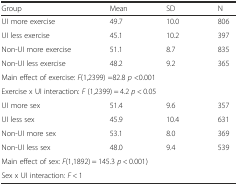
<table><thead><tr><td><b>Group</b></td><td><b>Mean</b></td><td><b>SD</b></td><td><b>N</b></td></tr></thead><tbody><tr><td>UI more exercise</td><td>49.7</td><td>10.0</td><td>806</td></tr><tr><td>UI less exercise</td><td>45.1</td><td>10.2</td><td>397</td></tr><tr><td>Non-UI more exercise</td><td>51.1</td><td>8.7</td><td>835</td></tr><tr><td>Non-UI less exercise</td><td>48.2</td><td>9.2</td><td>365</td></tr><tr><td colspan="4">Main effect of exercise: <i>F</i>(1,2399) =82.8 <i>p</i> &lt;0.001</td></tr><tr><td colspan="4">Exercise x UI interaction: <i>F</i> (1,2399) = 4.2 <i>p</i> &lt; 0.05</td></tr><tr><td>UI more sex</td><td>51.4</td><td>9.6</td><td>357</td></tr><tr><td>UI less sex</td><td>45.9</td><td>10.4</td><td>631</td></tr><tr><td>Non-UI more sex</td><td>53.1</td><td>8.0</td><td>369</td></tr><tr><td>Non-UI less sex</td><td>48.0</td><td>9.4</td><td>539</td></tr><tr><td colspan="4">Main effect of sex: <i>F</i>(1,1892) = 145.3 <i>p</i> &lt; 0.001)</td></tr><tr><td colspan="4">Sex x UI interaction: <i>F</i> &lt; 1</td></tr></tbody></table>